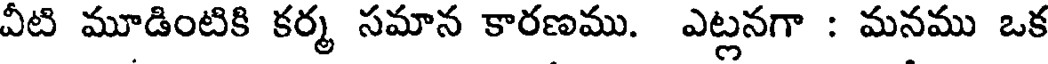
వీటి మూడింటికి కర్మ సమాన కారణము. ఎట్లనగా : మనము ఒక